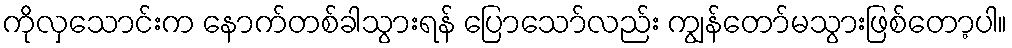
ကိုလှသောင်းက နောက်တစ်ခါသွားရန် ပြောသော်လည်း ကျွန်တော်မသွားဖြစ်တော့ပါ။